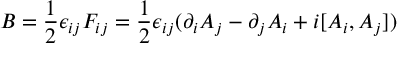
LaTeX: B = { \frac { 1 } { 2 } } \epsilon _ { i j } F _ { i j } = { \frac { 1 } { 2 } } \epsilon _ { i j } ( \partial _ { i } A _ { j } - \partial _ { j } A _ { i } + i [ A _ { i } , A _ { j } ] )